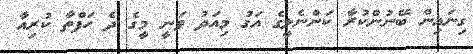
ގިނައިން ބޭނުންކުރާ ކަންނެލީގެ އަގު މިއަދު ވަނީ މީގެ ދެ ހަފްތާ ކުރިއާ